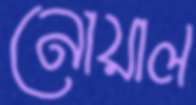
নোয়াল